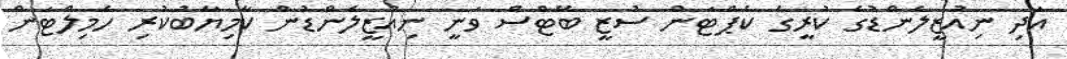
އަދި ނިއުޒީލެންޑުގެ ކުރީގެ ކެޕްޓަން ސުޒީ ބޭޓްސް ވަނީ ނިއުޒީލެންޑުން ކާމިޔާބުކުރި ހެމިލްޓަން